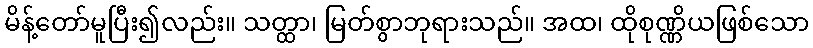
မိန့်တော်မူပြီး၍လည်း။ သတ္ထာ၊ မြတ်စွာဘုရားသည်။ အထ၊ ထိုစုဏ္ဏိယဖြစ်သော